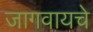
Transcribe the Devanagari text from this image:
जागवायचे